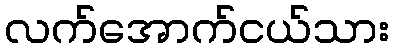
လက်အောက်ငယ်သား